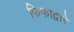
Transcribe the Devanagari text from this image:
फिफाद्वारे